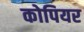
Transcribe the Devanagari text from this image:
कोपियर